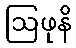
ဩဖုနိ